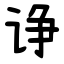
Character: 诤